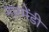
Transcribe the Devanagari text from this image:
नारमेंडी